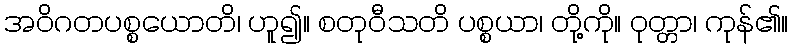
အဝိဂတပစ္စယောတိ၊ ဟူ၍။ စတုဝီသတိ ပစ္စယာ၊ တို့ကို။ ဝုတ္တာ၊ ကုန်၏။